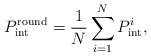
\begin{align*}P_{\textrm{int}}^{\textrm{round}} = \frac{1}{N}\sum\limits_{i = 1}^N {P_{{\mathop{\textrm {int}}} }^i},\end{align*}